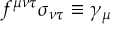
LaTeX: f ^ { \mu \nu \tau } \sigma _ { \nu \tau } \equiv \gamma _ { \mu }